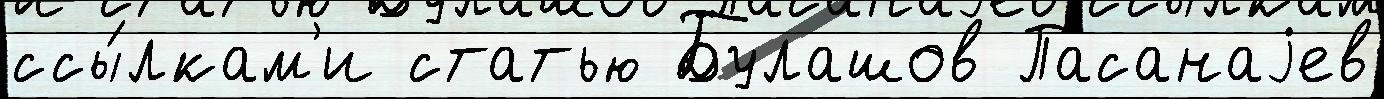
ссы́лкам'и статью Булашов Пасанаjев